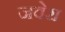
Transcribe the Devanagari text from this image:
जवेरा